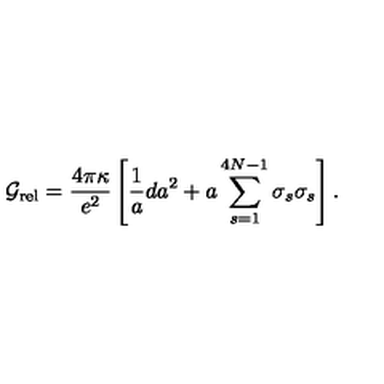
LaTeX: { \cal G } _ { \mathrm { r e l } } = \frac { 4 \pi \kappa } { e ^ { 2 } } \left[ \frac { 1 } { a } d a ^ { 2 } + a \sum _ { s = 1 } ^ { 4 N - 1 } \sigma _ { s } \sigma _ { s } \right] .